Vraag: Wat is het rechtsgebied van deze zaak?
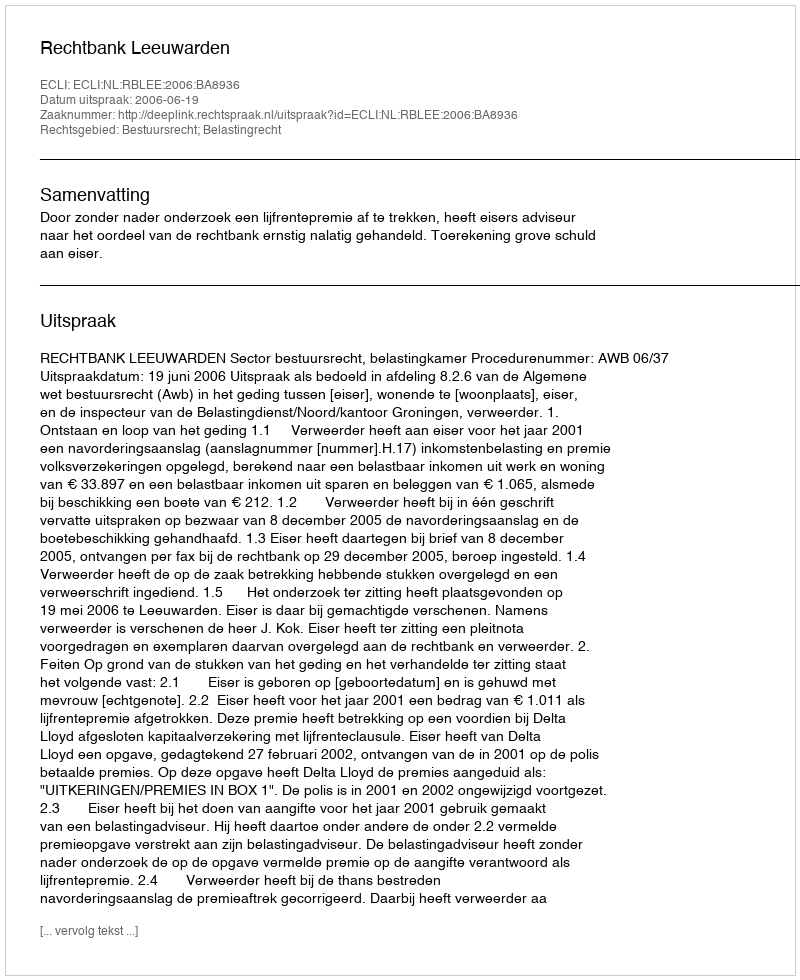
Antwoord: Bestuursrecht; Belastingrecht